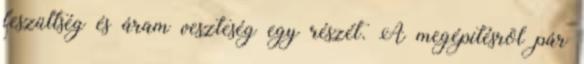
feszültség és áram veszteség egy részét. A megépítésrõl pár